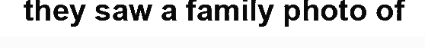
they saw a family photo of